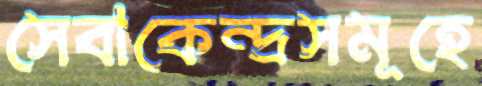
সেবাকেন্দ্রসমূহে